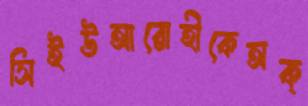
সিইউআরোহীকেঅক্